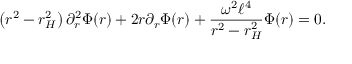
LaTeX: \left( r ^ { 2 } - r _ { H } ^ { 2 } \right) \partial _ { r } ^ { 2 } \Phi ( r ) + 2 r \partial _ { r } \Phi ( r ) + \frac { \omega ^ { 2 } \ell ^ { 4 } } { r ^ { 2 } - r _ { H } ^ { 2 } } \Phi ( r ) = 0 .